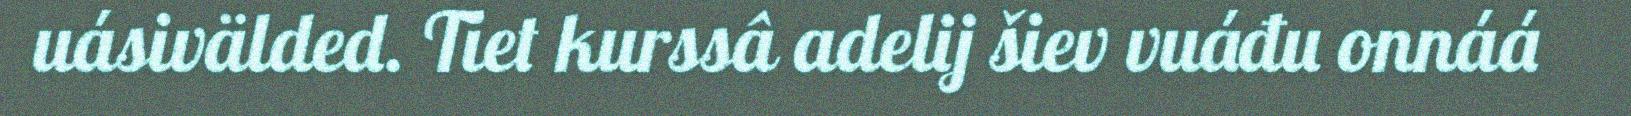
uásivälded. Tiet kurssâ adelij šiev vuáđu onnáá